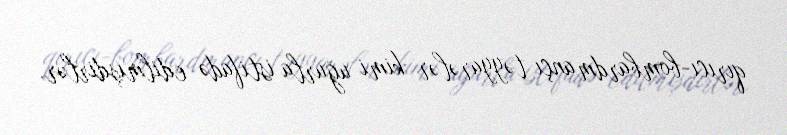
qırıcı-bombardmançı təyyarələr kimi uğurla istifadə edilmişdirlər.